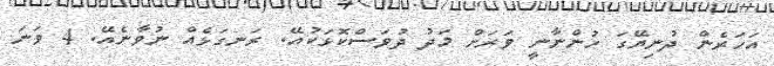
އަހަރެން ދުނިޔޭގަ ހުންނާނީ ވަރަށް މަދު ދުވަސްކޮޅަކުއޭ. ރަނގަޅެއް ނުވާނެއޭ. 4 ވަނަ